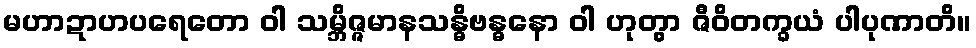
မဟာဍာဟပရေတော ဝါ သမ္ဘိဇ္ဇမာနသန္ဓိဗန္ဓနော ဝါ ဟုတွာ ဇီဝိတက္ခယံ ပါပုဏာတိ။